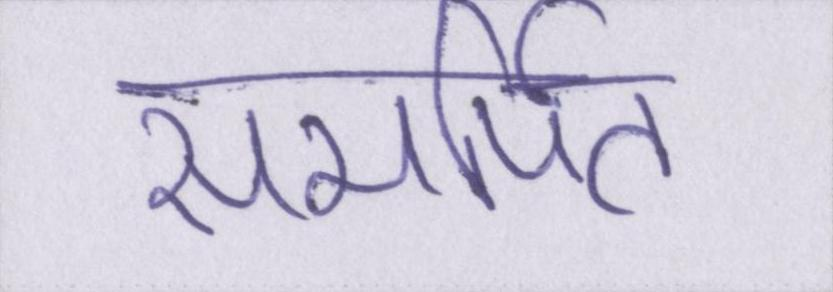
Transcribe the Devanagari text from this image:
समर्पित